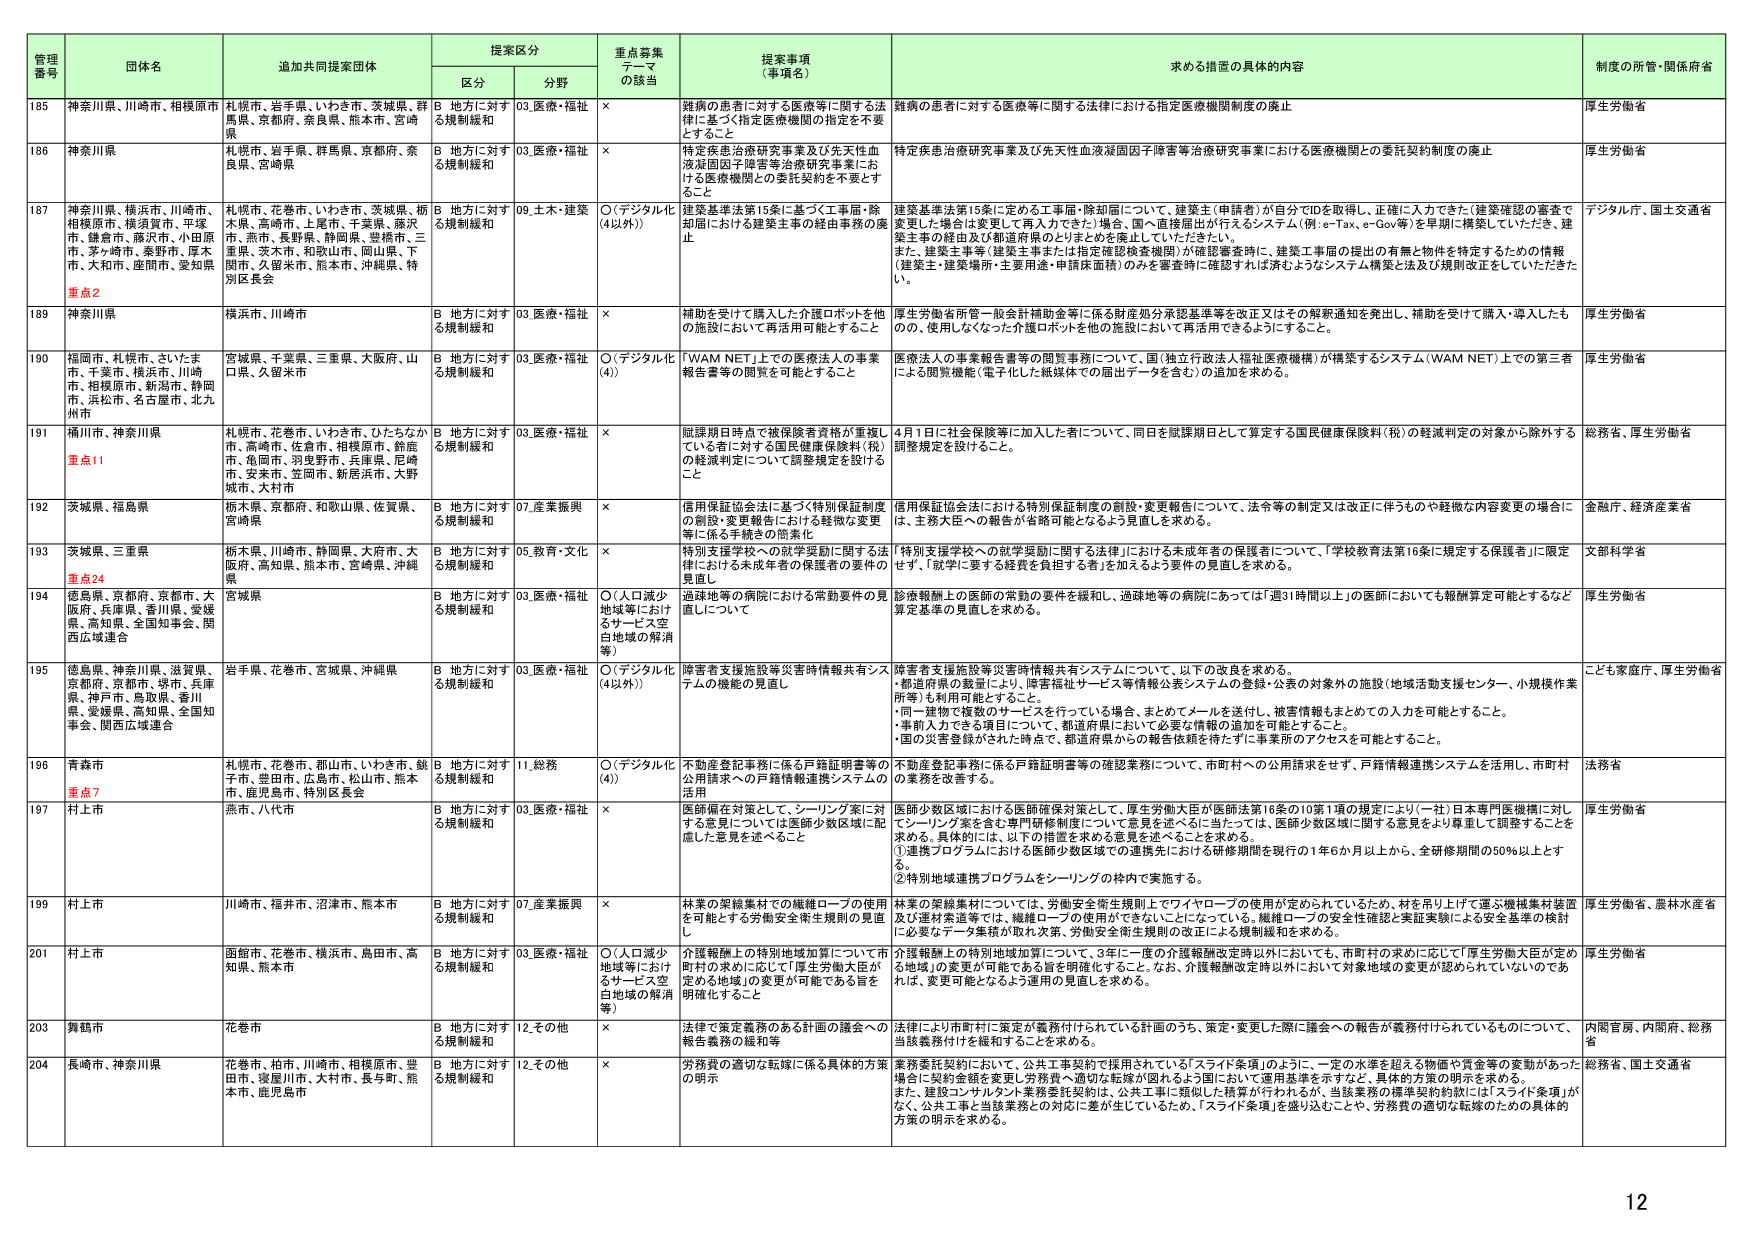
管理番号 団体名 追加共同提案団体 提案区分 重点募集テーマの該当 提案事項（事項名） 求める措置の具体的内容 制度の所管・関係府省
区分 分野
185 神奈川県、川崎市、相模原市 札幌市、岩手県、いわき市、茨城県、群馬県、京都府、奈良県、熊本市、宮崎県 B 地方に対する規制緩和 03.医療・福祉 × 難病の患者に対する医療等に関する法律に基づく指定医療機関の指定を不要とすること 難病の患者に対する医療等に関する法律における指定医療機関制度の廃止 厚生労働省
186 神奈川県 札幌市、岩手県、群馬県、京都府、奈良県、宮崎県 B 地方に対する規制緩和 03.医療・福祉 × 特定疾患治療研究事業及び先天性血液凝固因子障害等治療研究事業における医療機関との委託契約の不要とすること 特定疾患治療研究事業及び先天性血液凝固因子障害等治療研究事業における医療機関との委託契約制度の廃止 厚生労働省
187 神奈川県、横浜市、川崎市、相模原市、横須賀市、平塚市、鎌倉市、藤沢市、小田原市、茅ヶ崎市、秦野市、厚木市、大和市、座間市、愛知県 札幌市、花巻市、いわき市、茨城県、栃木県、高崎市、上尾市、千葉県、藤沢市、燕市、長野県、静岡県、豊橋市、三重県、茨木市、和歌山市、岡山県、下関市、久留米市、熊本市、沖縄県、特別区長会 B 地方に対する規制緩和 09.土木・建築 ○（デジタル化（4以外）） 建築基準法第15条に基づく工事届・除却届における建築主の経由事務の廃止 建築基準法第15条に定める工事届・除却届について、建築主（申請者）が自分でIDを取得し、正確に入力できた（建築確認の審査で変更した場合も変更して再入力できた）場合、国・直接届出が行えるシステム（例：e-Tax、e-Gov等）を早期に構築していただき、建築主等の経由及び都道府県のとりまとめを廃止していただきたい。また、建築主等（建築主等または指定確認検査機関）が確認審査時に、建築工事届の提出の有無と物件を特定するための情報（建築主・建築場所・主要用途・申請床面積）のみを審査時に確認すれば済むようなシステム構築と法及び規則改正をしていただきたい。 デジタル庁、国土交通省
189 神奈川県 横浜市、川崎市 B 地方に対する規制緩和 03.医療・福祉 × 補助を受けた購入した介護ロボットを他の施設において再活用可能とすること 厚生労働省所管一般会計補助金等に係る財産処分承認基準等を改正又はその解釈通知を発出し、補助を受けた購入・導入したもの、使用しなくなった介護ロボットを他の施設において再活用できるようにすること。 厚生労働省
190 福岡市、札幌市、さいたま市、千葉市、横浜市、川崎市、相模原市、新潟市、静岡市、浜松市、名古屋市、北九州市 宮城県、千葉県、三重県、大阪府、山口県、久留米市 B 地方に対する規制緩和 03.医療・福祉 ○（デジタル化（4）） 「WAM NET」上での医療法人の事業報告書等の閲覧を可能とすること 医療法人の事業報告書等の閲覧事務について、国（独立行政法人福祉医療機構）が構築するシステム（WAM NET）上での第三者による閲覧機能（電子化した紙媒体での届出データを含む）の追加を求める。 厚生労働省
191 糸魚川市、神奈川県 札幌市、花巻市、いわき市、ひたちなか市、高崎市、佐倉市、相模原市、飾磨市、亀岡市、羽曳野市、兵庫県、尼崎市、安来市、笠岡市、新居浜市、大野城市、大村市 B 地方に対する規制緩和 03.医療・福祉 × 眼鏡期日時点で被保険者資格が重複している者に対する国民健康保険料（税）の軽減判定について調整規定を設けること 4月1日に社会保険等に加入した者について、同日を眼鏡期日として算定する国民健康保険料（税）の軽減判定の対象から除外する調整規定を設けること。 総務省、厚生労働省
192 茨城県、福島県 栃木県、京都府、和歌山県、佐賀県、宮崎県 B 地方に対する規制緩和 07.産業振興 × 信用保証協会法に基づく特別保証制度の創設・変更報告における軽微な変更等に係る手続きの簡素化 信用保証協会法における特別保証制度の創設・変更報告について、法令等の制定又は改正に伴うものや軽微な内容変更の場合には、主務大臣への報告が省略可能となるよう見直しを求める。 金融庁、経済産業省
193 茨城県、三重県 栃木県、川崎市、静岡県、大府市、大阪府、高知県、熊本市、宮崎県、沖縄県 B 地方に対する規制緩和 05.教育・文化 × 特別支援学校への就学援助に関する法律における未成年者の保護者の要件の見直し 「特別支援学校への就学援助に関する法律」における未成年者の保護者について、「学校教育法第16条に規定する保護者」に限定せず、「就学に要する経費を負担する者」を加えるよう要件の見直しを求める。 文部科学省
194 徳島県、京都府、京都市、大阪府、兵庫県、香川県、愛媛県、高知県、全国知事会、関西広域連合 宮城県 B 地方に対する規制緩和 03.医療・福祉 ○（人口減少地域等におけるサービス空白地域の解消等） 過疎地等の病院における常勤要件の見直しについて 診療報酬上の医師の常勤の要件を緩和し、過疎地等の病院にあっては「週31時間以上」の医師においても報酬算定可能とするなど算定基準の見直しを求める。 厚生労働省
195 徳島県、神奈川県、滋賀県、京都府、京都市、堺市、兵庫県、神戸市、鳥取県、香川県、愛媛県、高知県、全国知事会、関西広域連合 岩手県、花巻市、宮城県、沖縄県 B 地方に対する規制緩和 03.医療・福祉 ○（デジタル化（4以外）） 障害者支援施設等災害時情報共有システムの機能の見直し 障害者支援施設等災害時情報共有システムについて、以下の改良を求める。 ・都道府県の裁量により、障害福祉サービス等情報公表システムの登録・公表の対象外の施設（地域活動支援センター、小規模作業所等）も利用可能とすること。 ・同一建物で複数のサービスを行っている場合、まとめてメールを送付し、被害情報もまとめての入力が可能とすること。 ・事前入力できる項目について、都道府県において必要な情報の追加を可能とすること。 ・国の災害登録がされた時点で、都道府県からの報告依頼を待たずに事業所のアクセスを可能とすること。 こども家庭庁、厚生労働省
196 青森県 札幌市、花巻市、郡山市、いわき市、銚子市、豊田市、広島市、松山市、熊本市、鹿児島市、特別区長会 B 地方に対する規制緩和 11.総務 ○（デジタル化（4）） 不動産登記事務に係る戸籍証明書等の公証請求への戸籍情報連携システムの活用 不動産登記事務に係る戸籍証明書等の確認業務について、市町村への公用請求をせず、戸籍情報連携システムを活用し、市町村の業務を改善する。 法務省
197 村上市 燕市、八代市 B 地方に対する規制緩和 03.医療・福祉 × 医師偏在対策として、シーリング案に対する意見については医師少数区域に配慮した意見を述べること 医師少数区域における医師確保対策として、厚生労働大臣が医師法第16条の10第1項の規定により（一社）日本専門医機構に対してシーリング案を含む専門研修制度について意見を述べるに当たっては、医師少数区域に関する意見をより尊重することを求める。具体的には、以下の措置を求める意見を述べることを求める。 ①連携プログラムにおける医師少数区域での連携先における研修期間を現行の1年6か月以上から、全研修期間の50％以上とする。 ②特別地域連携プログラムをシーリングの枠内で実施する。 厚生労働省
199 村上市 川崎市、福井市、沼津市、熊本市 B 地方に対する規制緩和 07.産業振興 × 林業の架線集材での繊維ロープの使用を可能とする労働安全衛生規則の見直し 林業の架線集材については、労働安全衛生規則上でワイヤロープの使用が定められているため、材を吊り上げて運ぶ機械集材装置及び運材索道等では、繊維ロープの使用ができないことになっている。繊維ロープの安全性確認と実証実験による安全基準の検討に必要なデータ集積が取れ次第、労働安全衛生規則の改正による規制緩和を求める。 厚生労働省、農林水産省
201 村上市 函館市、花巻市、横浜市、島田市、高知県、熊本市 B 地方に対する規制緩和 03.医療・福祉 ○（人口減少地域等におけるサービス空白地域の解消等） 介護報酬上の特別地域加算について市町村の求めに応じて「厚生労働大臣が定める地域」の変更が可能である旨を明確化すること 介護報酬上の特別地域加算について、3年に一度の介護報酬改定時以外においても、市町村の求めに応じて「厚生労働大臣が定める地域」の変更が可能である旨を明確化すること。なお、介護報酬改定時以外において対象地域の変更が認められていないのであれば、変更可能となるよう運用の見直しを求める。 厚生労働省
203 舞鶴市 花巻市 B 地方に対する規制緩和 12.その他 × 法律で策定義務のある計画の議会への報告義務の緩和等 法律により市町村に策定が義務付けられている計画のうち、策定・変更した際に議会への報告が義務付けられているものについて、当該義務付けを緩和することを求める。 内閣官房、内閣府、総務省
204 長崎市、神奈川県 花巻市、柏市、川崎市、相模原市、豊田市、寝屋川市、大村市、長与町、熊本市、鹿児島市 B 地方に対する規制緩和 12.その他 × 労務費の適切な転嫁に係る具体的方策の明示 業務委託契約において、公共工事契約で採用されている「スライド条項」のように、一定の水準を超える物価や賃金等の変動があった場合に契約金額を変更し、労務費へ適切な転嫁が図れるよう国において運用基準を示すなど、具体的方策の明示を求める。また、建設コンサルタント業務委託契約は、公共工事に類似した精算が行われるが、当該業務の標準契約約款には「スライド条項」がなく、公共工事と当該業務との対応に差が生じているため、「スライド条項」を盛り込むことや、労務費の適切な転嫁のための具体的方策の明示を求める。 総務省、国土交通省
重点2
重点11
重点24
重点7
12